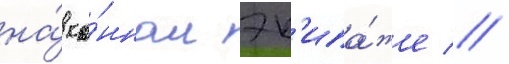
на́ ко́нном эк'ипа́же //